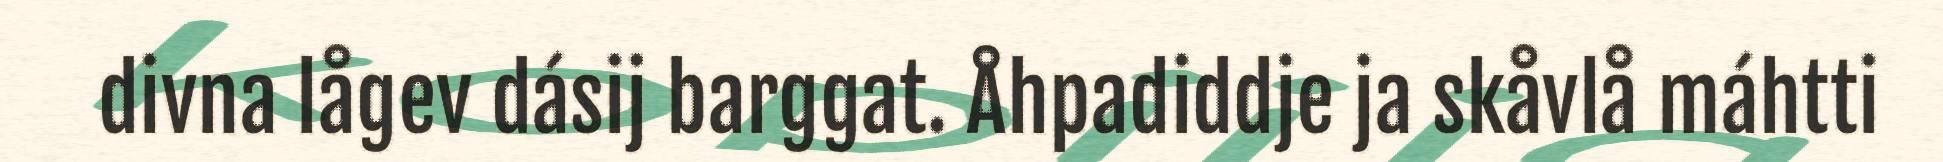
divna lågev dásij barggat. Åhpadiddje ja skåvlå máhtti